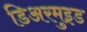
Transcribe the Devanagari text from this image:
डिअरमुइड